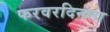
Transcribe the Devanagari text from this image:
फरवरदिनला